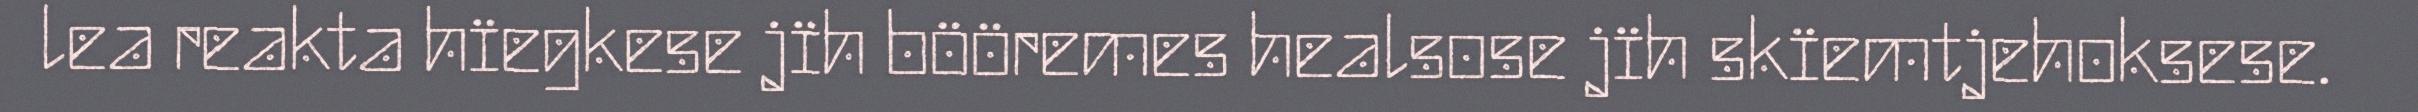
lea reakta hïegkese jïh bööremes healsose jïh skïemtjehoksese.